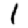
Digit: 1